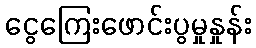
ငွေကြေးဖောင်းပွမှုနှုန်း